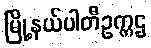
မြို့နယ်ပါတီဥက္ကဌ